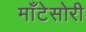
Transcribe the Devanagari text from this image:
माँटेसोरी